65_HS1-834228961_62-HQ-83894_Section_9
Agency: FBI
Page 54
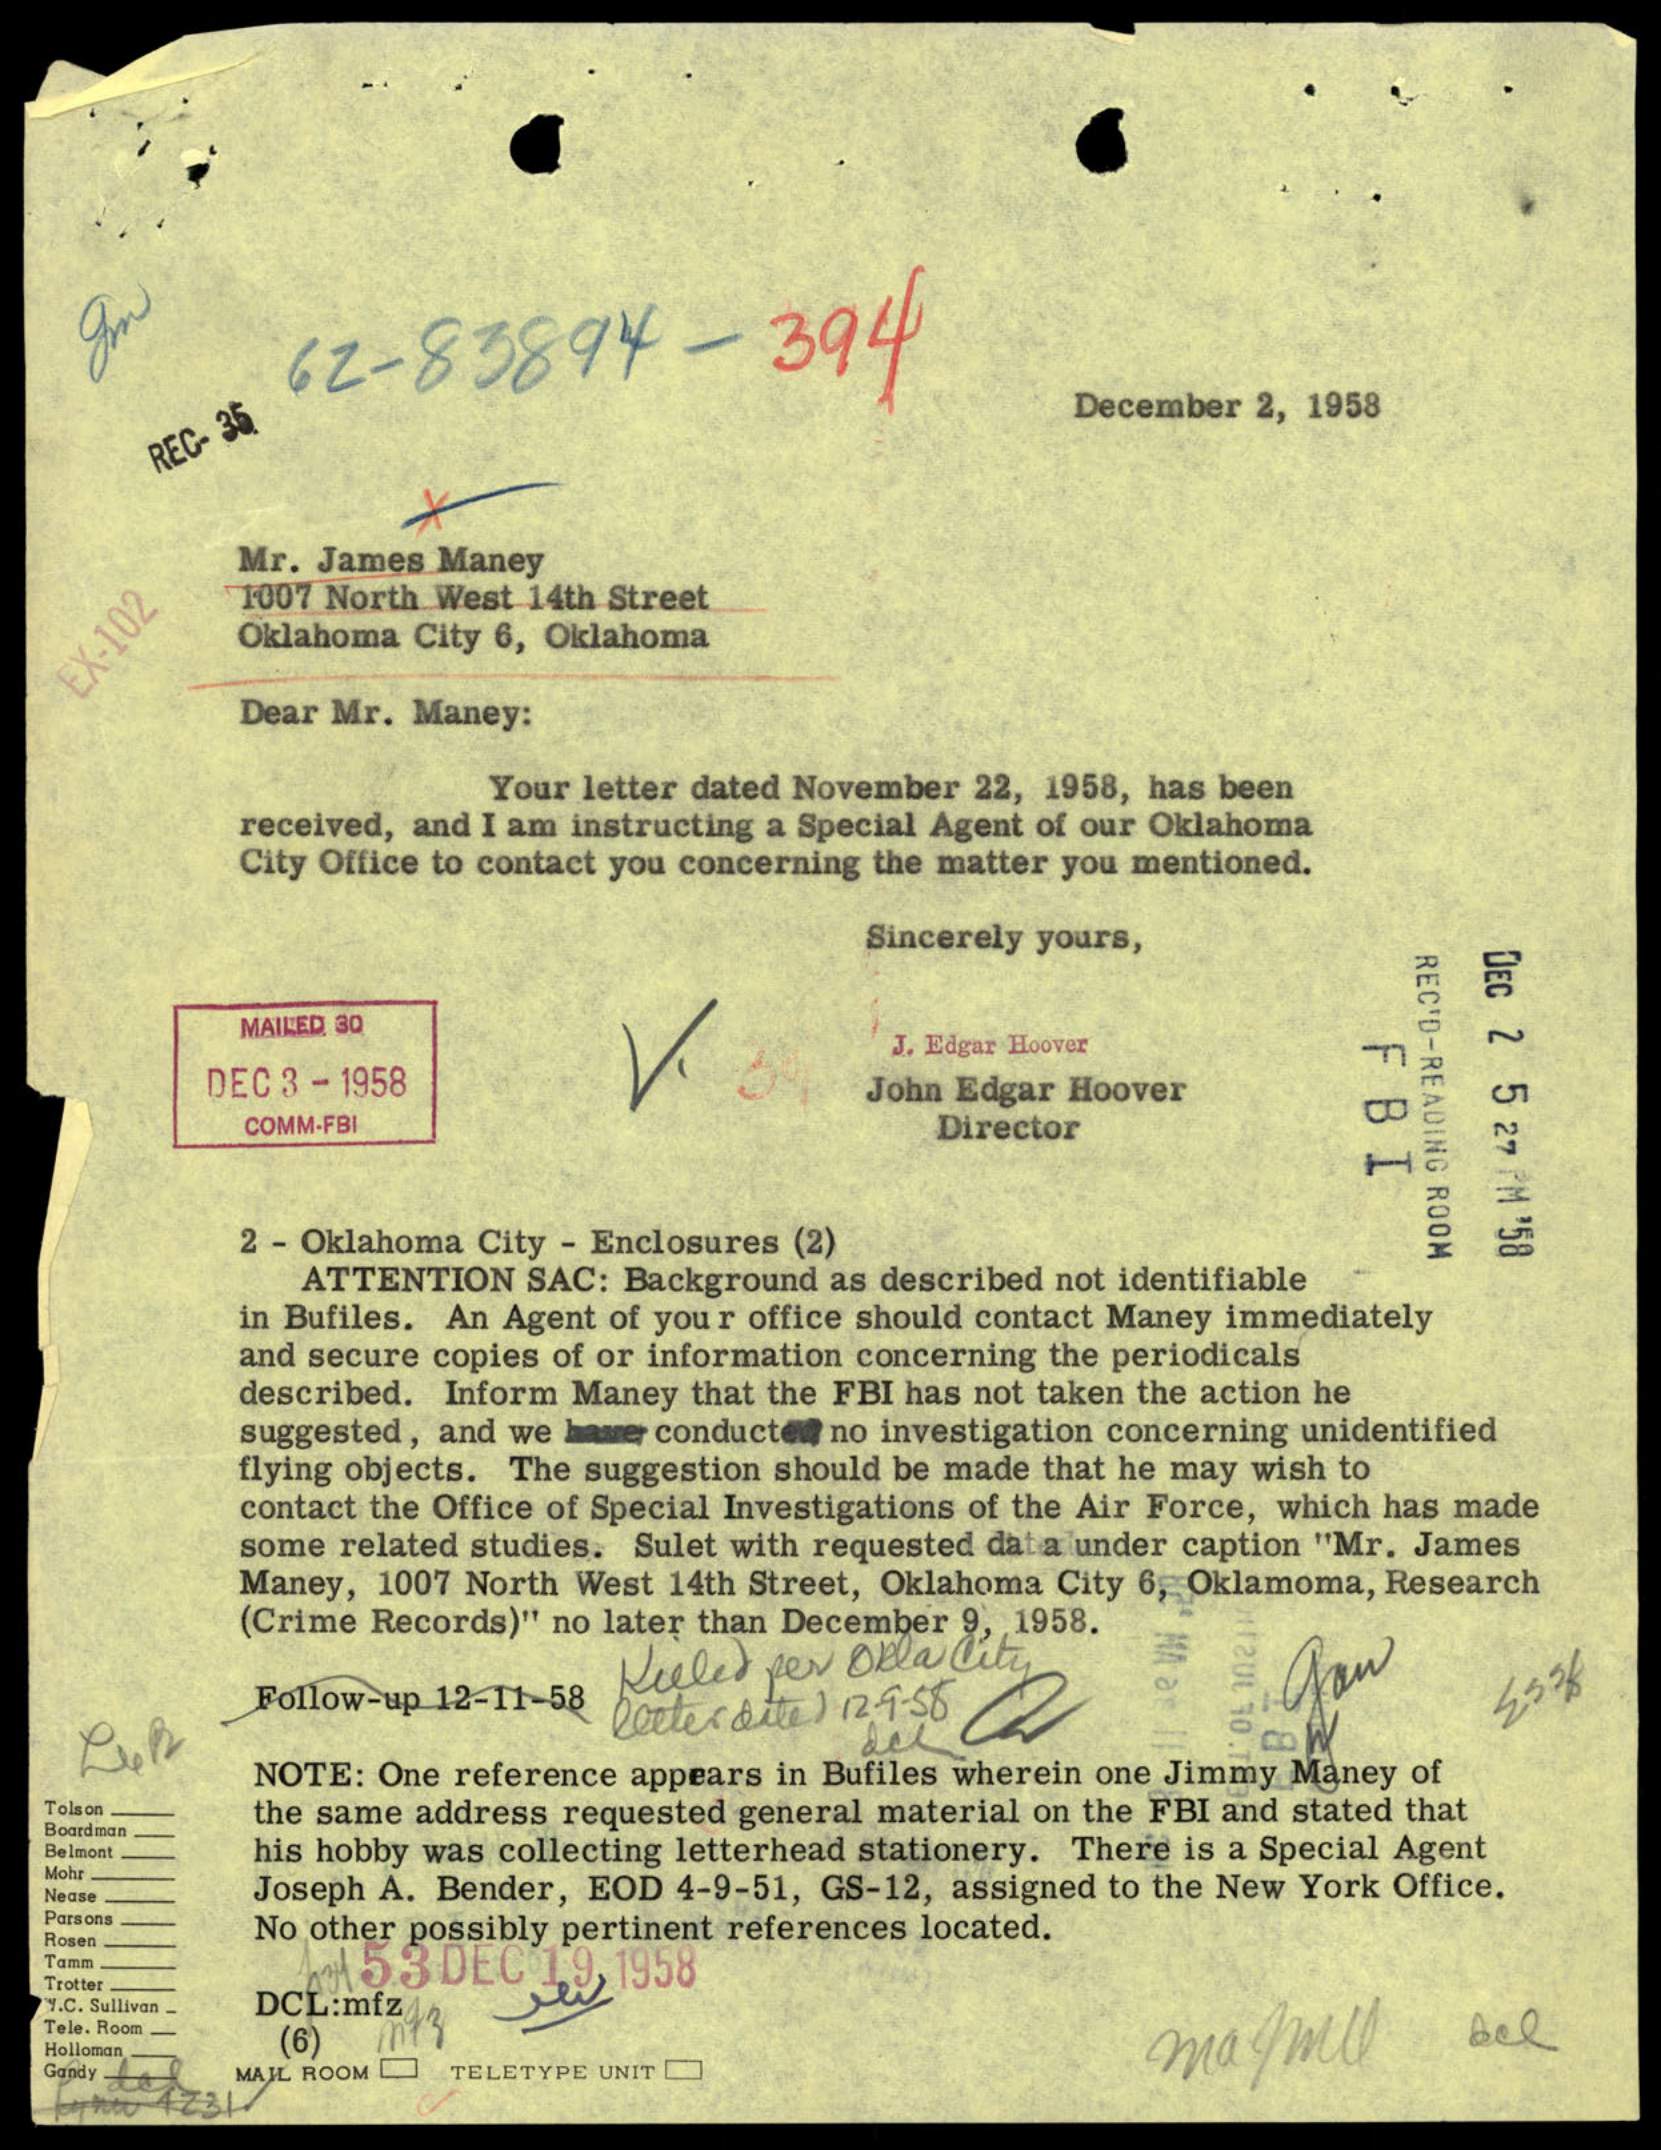